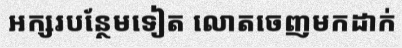
អក្សរបន្ថែមទៀត លោតចេញមកដាក់